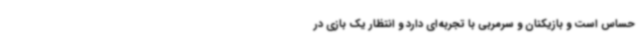
حساس است و بازیکنان و سرمربی با تجربه‌ای دارد و انتظار یک بازی در